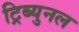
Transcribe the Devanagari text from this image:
ट्रिब्युनल